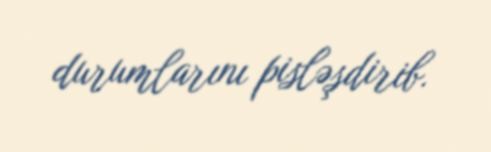
durumlarını pisləşdirib.